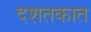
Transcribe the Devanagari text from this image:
दशतकात